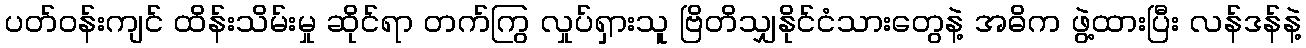
ပတ်ဝန်းကျင် ထိန်းသိမ်းမှု ဆိုင်ရာ တက်ကြွ လှုပ်ရှားသူ ဗြိတိသျှနိုင်ငံသားတွေနဲ့ အဓိက ဖွဲ့ထားပြီး လန်ဒန်နဲ့